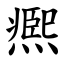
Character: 凞